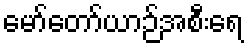
မော်တော်ယာဉ်အစီးရေ